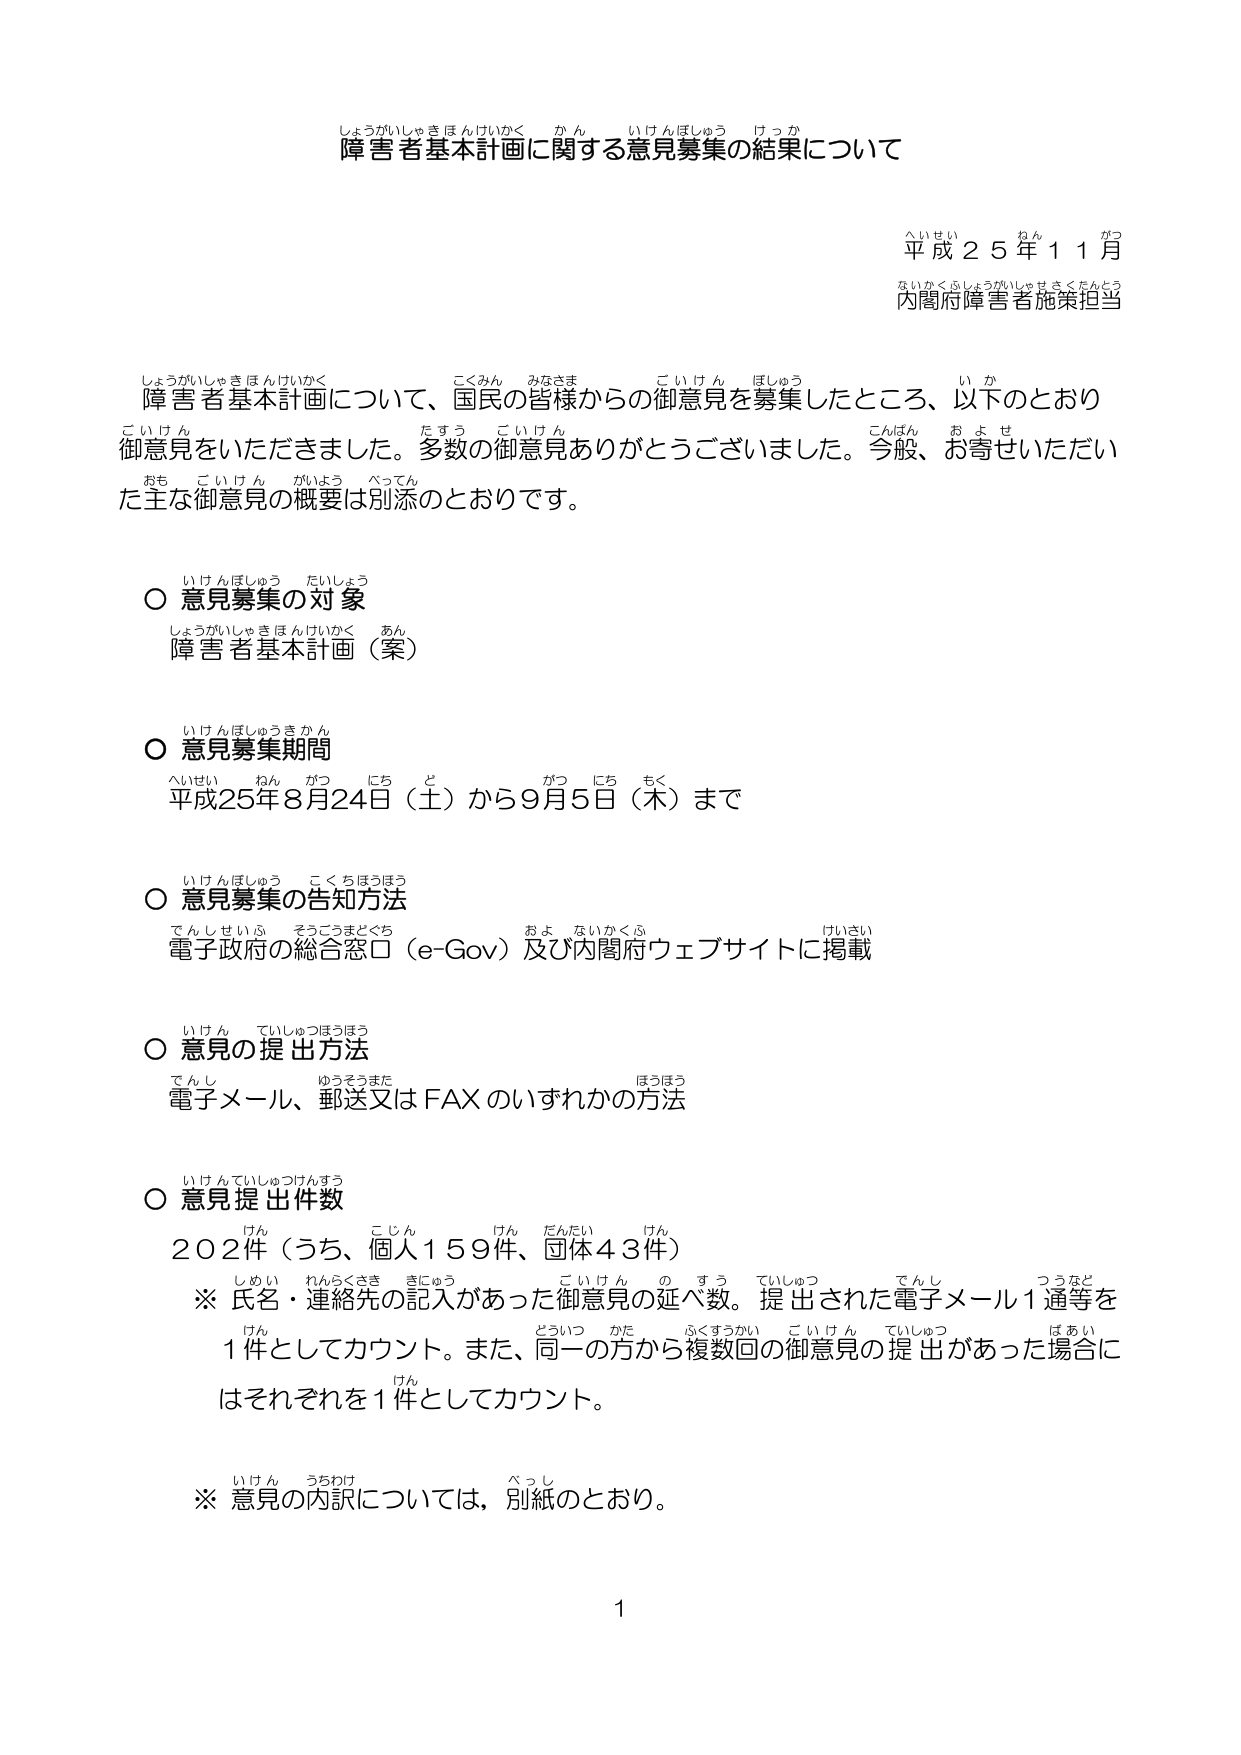
障害者基本計画に関する意見募集の結果について

平成25年11月
内閣府障害者施策担当

障害者基本計画について、国民の皆様からの御意見を募集したところ、以下のとおり御意見をいただきました。多数の御意見ありがとうございました。今般、お寄せいただいた主な御意見の概要は別添のとおりです。

○ 意見募集の対象
障害者基本計画（案）

○ 意見募集期間
平成25年8月24日（土）から9月5日（木）まで

○ 意見募集の告知方法
電子政府の総合窓口（e-Gov）及び内閣府ウェブサイトに掲載

○ 意見の提出方法
電子メール、郵送又はFAXのいずれかの方法

○ 意見提出件数
202件（うち、個人159件、団体43件）
※ 氏名・連絡先の記入があった御意見の延べ数。提出された電子メール1通等を1件としてカウント。また、同一の方から複数回の御意見の提出があった場合にはそれぞれを1件としてカウント。

※ 意見の内訳については、別紙のとおり。

1